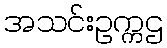
အသင်းဥက္ကဌ